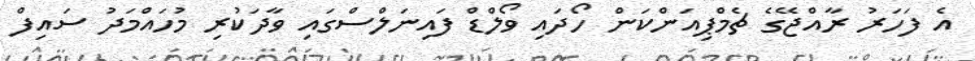
އެ ފަހަރު ރާއްޖޭގެ ޗެމްޕިއަންކަން ހޯދައި ވޯލްޑް ފައިނަލްސްގައި ވާދަކުރި މުހައްމަދު ސައިފް